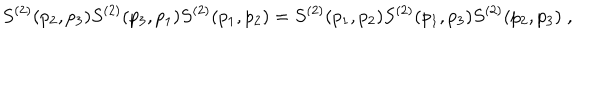
S ^ { ( 2 ) } ( p _ { 2 } , p _ { 3 } ) S ^ { ( 2 ) } ( p _ { 3 } , p _ { 1 } ) S ^ { ( 2 ) } ( p _ { 1 } , p _ { 2 } ) = S ^ { ( 2 ) } ( p _ { 1 } , p _ { 2 } ) S ^ { ( 2 ) } ( p _ { 1 } , p _ { 3 } ) S ^ { ( 2 ) } ( p _ { 2 } , p _ { 3 } ) \; ,